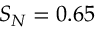
S _ { N } = 0 . 6 5